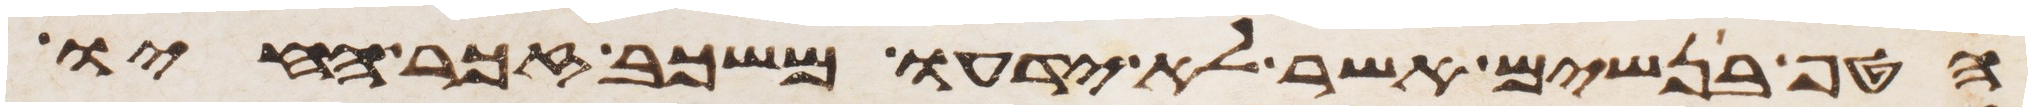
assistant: הטף בנשים אשר לא ידעו משכב זכר חיו